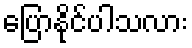
ပြောနိုင်ပါသလား